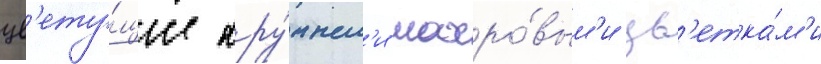
цв'ету́щие кру́пным'и махро́вым'и цв'етка́м'и